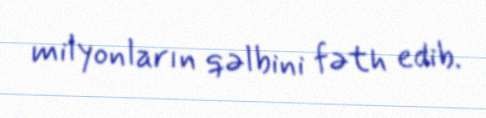
milyonların qəlbini fəth edib.